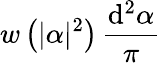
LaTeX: w\left(\vert\alpha\vert^{2}\right)\, \frac{\mathrm{d}^{2}\alpha}{\pi}